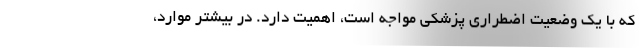
که با یک وضعیت اضطراری پزشکی مواجه است، اهمیت دارد. در بیشتر موارد،